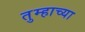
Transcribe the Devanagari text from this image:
तुम्हाच्या